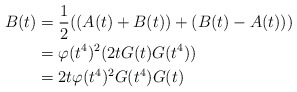
\begin{align*} B(t) &= \frac{1}{2}((A(t)+B(t))+(B(t)-A(t)))\\ &= \varphi(t^4)^2(2tG(t)G(t^4))\\ &= 2t\varphi(t^4)^2G(t^4)G(t)\end{align*}